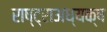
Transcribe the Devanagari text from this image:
राष्ट्राअध्यक्ष